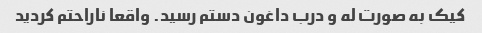
کیک به صورت له و درب داغون دستم رسید. واقعا ناراحتم کردید